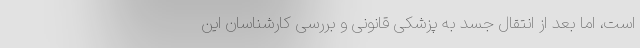
است، اما بعد از انتقال جسد به پزشکی قانونی و بررسی کارشناسان این